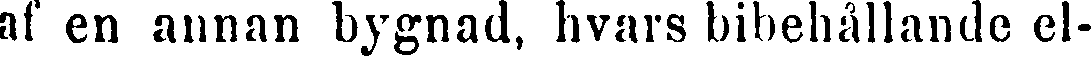
af en annan bygnad, hvars bibehållande el-